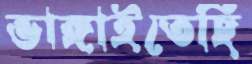
ভাঙ্গাইতেছি